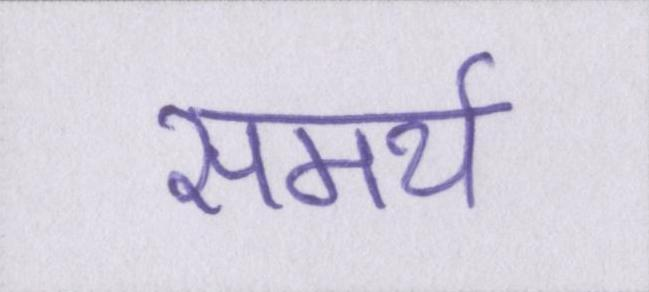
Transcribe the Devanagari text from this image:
समर्थ